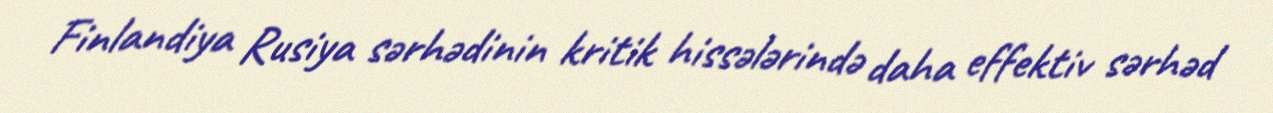
Finlandiya Rusiya sərhədinin kritik hissələrində daha effektiv sərhəd